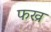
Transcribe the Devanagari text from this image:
फख्र